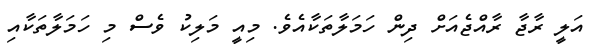
އަލީ ރާޖާ ރާއްޖެއަށް ދިން ހަމަލާތަކާއެވެ. މިއީ މަލިކު ވެސް މި ހަމަލާތަކާއި